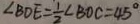
\angle B D E = \frac { 1 } { 2 } \angle B O C = 4 5 ^ { \circ }